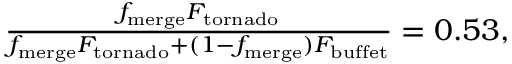
\begin{array} { r } { \frac { f _ { \mathrm { m e r g e } } F _ { \mathrm { t o r n a d o } } } { f _ { \mathrm { m e r g e } } F _ { \mathrm { t o r n a d o } } + ( 1 - f _ { \mathrm { m e r g e } } ) F _ { \mathrm { b u f f e t } } } = 0 . 5 3 , } \end{array}